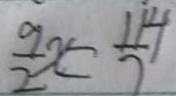
\frac { 9 } { 2 } x = \frac { 1 1 4 } { 7 }